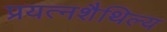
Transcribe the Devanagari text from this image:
प्रयत्नशैथिल्य